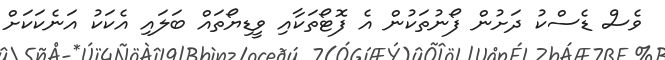
ވެސް ޑެސްކު ދަށުން ފޯނުތަކުން އެ ފޮޓޯތަކާއި ވީޑިޔޯތައް ބަލައި އެކަކު އަނެކަކަށް